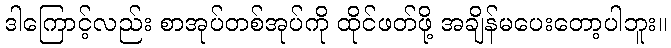
ဒါကြောင့်လည်း စာအုပ်တစ်အုပ်ကို ထိုင်ဖတ်ဖို့ အချိန်မပေးတော့ပါဘူး။